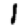
Digit: 1